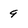
Character: 9